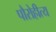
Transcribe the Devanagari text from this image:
पौरोहीत्य